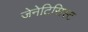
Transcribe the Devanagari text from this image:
जेनेटिसिस्ट